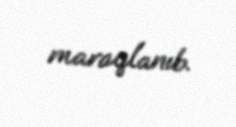
maraqlanıb.